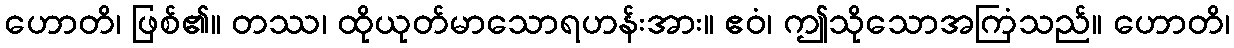
ဟောတိ၊ ဖြစ်၏။ တဿ၊ ထိုယုတ်မာသောရဟန်းအား။ ဧဝံ၊ ဤသိုသောအကြံသည်။ ဟောတိ၊